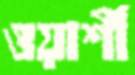
ওয়ার্শী